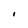
Character: I